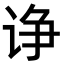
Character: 诤